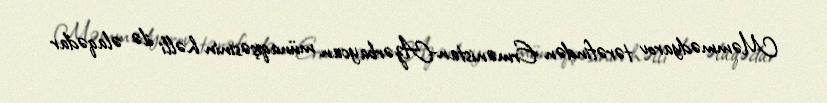
Məmmədyarov tərəfindən Ermənistan-Azərbaycan münaqişəsinin həlli ilə əlaqədar